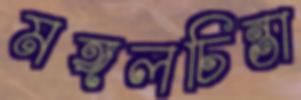
মঙ্গলচিন্তা